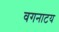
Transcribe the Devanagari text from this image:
वगनाटय